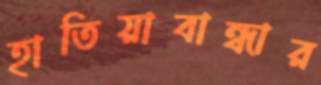
হাতিয়াবান্ধার